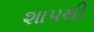
શાપથી